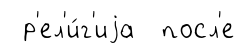
р'ел'и́г'иjа посл'е